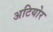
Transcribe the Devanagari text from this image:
अटियोर